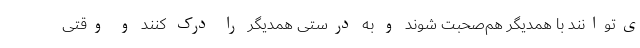
ی‌توانند با همدیگر هم‌صحبت شوند و به درستی همدیگر را درک کنند و وقتی